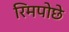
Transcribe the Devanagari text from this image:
रिमपोछे